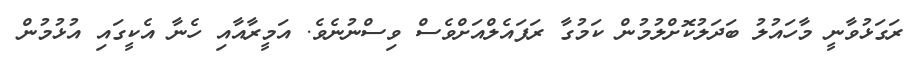
ރަގަޅުވާނީ މާހައުލު ބަދަލުކޮށްލުމުން ކަމުގާ ރަފައެލްއަށްވެސް ވިސްނުނެވެ. އަމީރާއާއި ހެނާ އެކީގައި އުޅުމުން